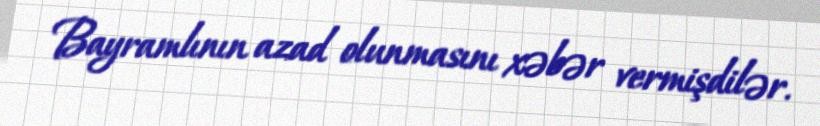
Bayramlının azad olunmasını xəbər vermişdilər.